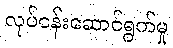
လုပ်ငန်းဆောင်ရွက်မှု